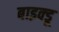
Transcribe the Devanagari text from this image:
बाइक्डू